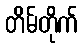
တိမ်တိုက်